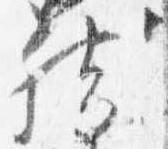
然